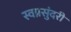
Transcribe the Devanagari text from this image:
स्वप्नसुंदरी